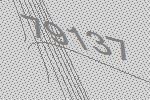
79137